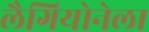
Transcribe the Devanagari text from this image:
लैगियोनेला